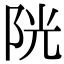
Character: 𨹂